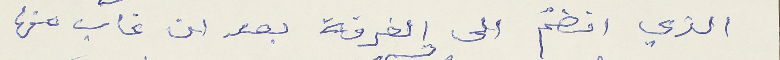
الذي انضمّ الى الفرقة بعد ان غاب عنها